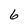
Character: 6